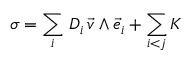
\sigma = \sum _ { i } \, { \cal D } _ { i } \, { \vec { v } } \wedge { \vec { e } } _ { i } + \sum _ { i < j } { \cal K }